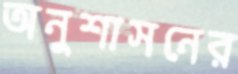
অনুশাসনের